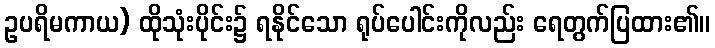
ဥပရိမကာယ) ထိုသုံးပိုင်း၌ ရနိုင်သော ရုပ်ပေါင်းကိုလည်း ရေတွက်ပြထား၏။